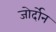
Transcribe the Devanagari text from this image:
जोर्दोन